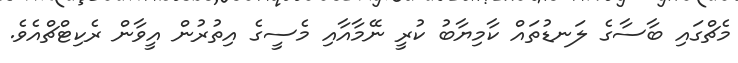
މެޗްގައި ބާސާގެ ލަނޑުތައް ކާމިޔާބު ކުރީ ނޭމާއާއި މެސީގެ އިތުރުން އީވާން ރެކިޓްޗްއެވެ.